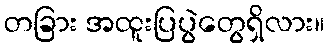
တခြား အထူးပြပွဲတွေရှိလား။